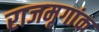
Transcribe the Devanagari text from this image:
राजमृगांक